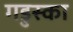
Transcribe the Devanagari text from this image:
गडुस्का